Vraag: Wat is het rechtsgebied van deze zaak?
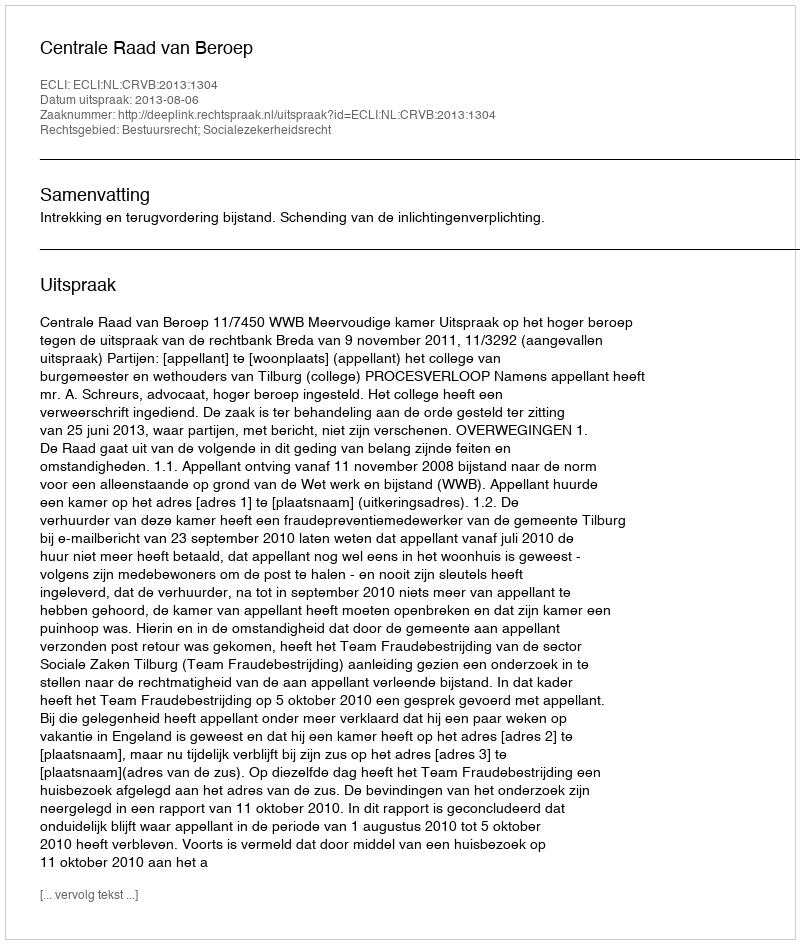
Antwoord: Bestuursrecht; Socialezekerheidsrecht